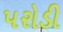
પરોડી